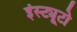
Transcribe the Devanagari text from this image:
इंस्ट्यूटो